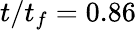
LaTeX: t/t_{f}=0.86